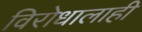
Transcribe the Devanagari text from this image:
विरोधालाही